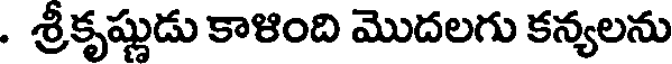
. శ్రీకృష్ణుడు కాళింది మొదలగు కన్యలను